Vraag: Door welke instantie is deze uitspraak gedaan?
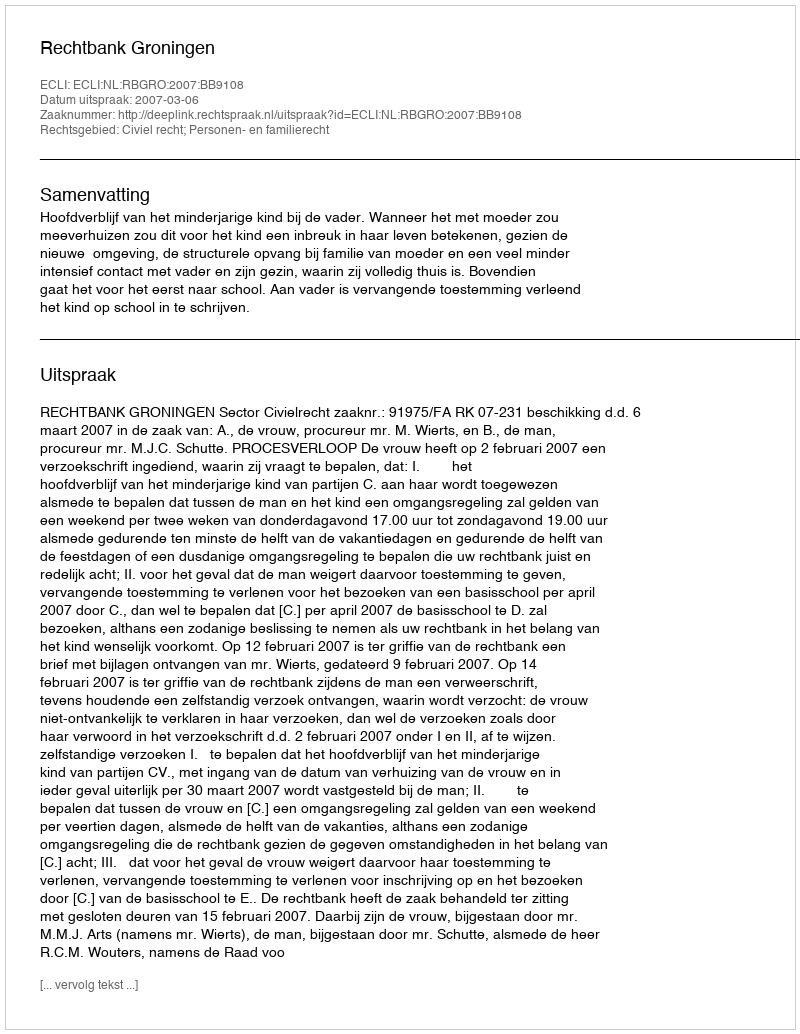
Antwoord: Rechtbank Groningen